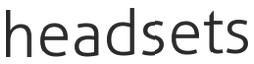
headsets